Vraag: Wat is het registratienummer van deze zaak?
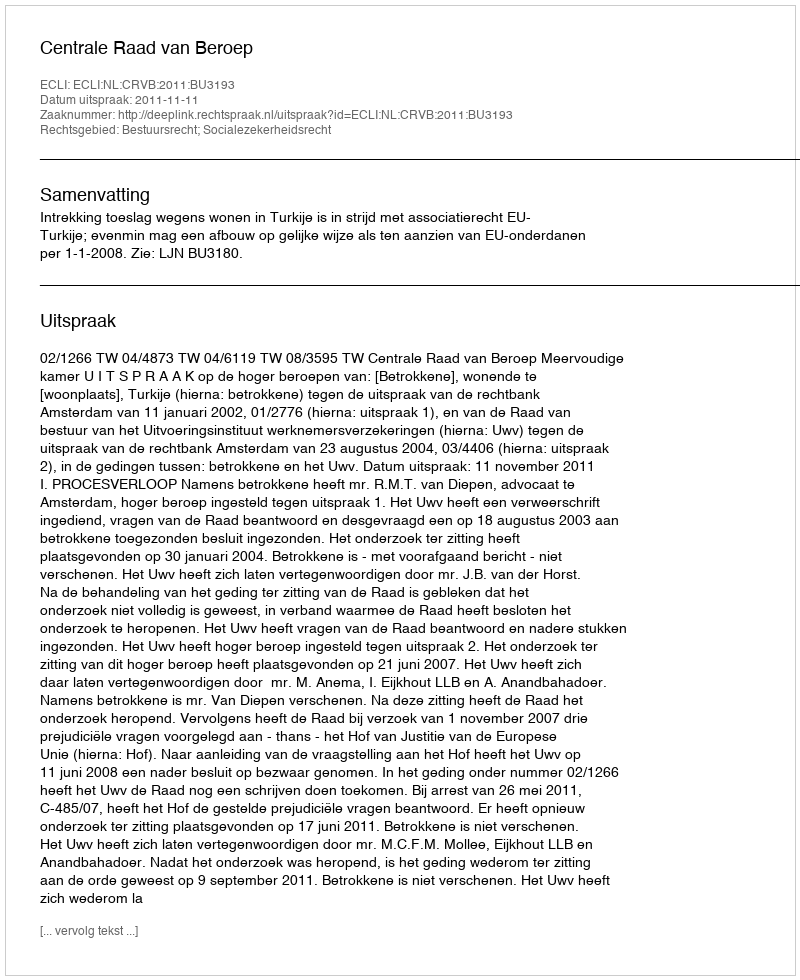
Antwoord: http://deeplink.rechtspraak.nl/uitspraak?id=ECLI:NL:CRVB:2011:BU3193